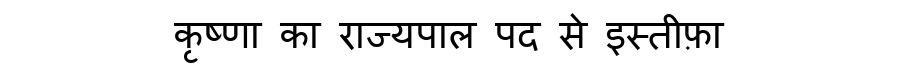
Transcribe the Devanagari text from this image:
कृष्णा का राज्यपाल पद से इस्तीफ़ा